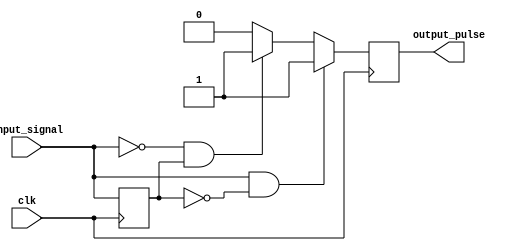
module pulse_edge_detector (
    input wire clk,             // Clock signal
    input wire input_signal,    // Input signal to detect edges
    output reg output_pulse     // Output pulse signal
);

    // Memory block to store the previous state of the input signal
    reg previous_state;

    // Always block triggered on the rising edge of the clock
    always @(posedge clk) begin
        // Store the current input signal in the previous state
        previous_state <= input_signal;

        // Detect rising and falling edges
        if (input_signal && !previous_state) begin
            // Rising edge detected
            output_pulse <= 1'b1;  // Generate output pulse for rising edge
        end else if (!input_signal && previous_state) begin
            // Falling edge detected
            output_pulse <= 1'b1;  // Generate output pulse for falling edge
        end else begin
            output_pulse <= 1'b0;    // No edge detected
        end
    end

endmodule